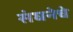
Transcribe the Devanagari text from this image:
संघनेचे